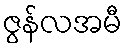
ဇွန်လအမီ